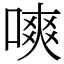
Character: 𠼙